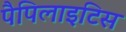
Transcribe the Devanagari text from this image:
पैपिलाइटिस